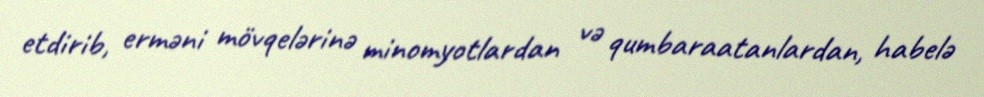
etdirib, erməni mövqelərinə minomyotlardan və qumbaraatanlardan, habelə